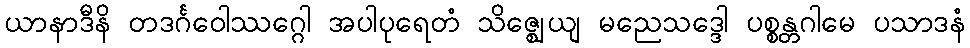
ယာနာဒီနိ တဒင်္ဂဝေါဿဂ္ဂေါ အပါပုရေတံ သိဇ္ဈေယျ မညေသဒ္ဒေါ ပစ္စန္တဂါမေ ပသာဒနံ